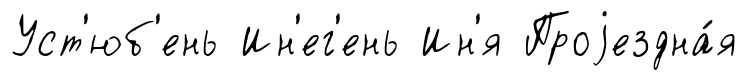
Уст'юб'ень Ин'ег'ень Ин'я Проjездна́я